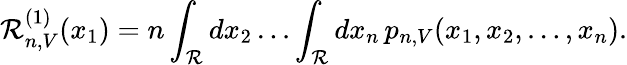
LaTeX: \mathcal{R}_{n,V}^{(1)}(x_{1})=n\int_{\mathbb{{\mathcal{R}}}}dx_{2}\dots\int_{\mathbf{{\mathcal{R}}}}dx_{n}\, p_{n,V}(x_{1},x_{2},\dots,x_{n}).